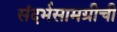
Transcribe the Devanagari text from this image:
संदर्भसामग्रीची